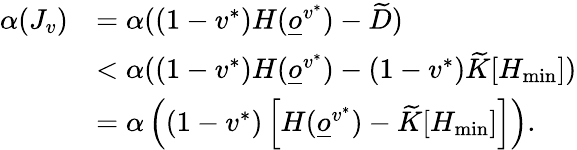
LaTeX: \begin{array}{rl}{\alpha(J_{v})}&{=\alpha((1-v^{*})H(\underline{o}^{v^{*}})-\widetilde D)}\\ &{<\alpha((1-v^{*})H(\underline{o}^{v^{*}})-(1-v^{*})\widetilde K[H_{\operatorname*{min}}])}\\ &{=\alpha\left((1-v^{*})\left[H(\underline{o}^{v^{*}})-\widetilde K[H_{\operatorname*{min}}]\right]\right).}\end{array}